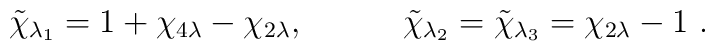
\tilde{\chi}_{\lambda _{1}}=1+\chi _{4\lambda }-\chi _{2\lambda },\quad\qquad \tilde{\chi}_{\lambda _{2}}=\tilde{\chi}_{\lambda _{3}}=\chi_{2\lambda }-1{\,\,}.